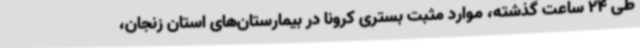
طی 24 ساعت گذشته، موارد مثبت بستری کرونا در بیمارستان‌های استان زنجان،